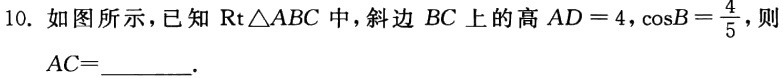
10. 如图所示，已知$\text{Rt}\triangle ABC$中，斜边$BC$上的高$AD = 4,\cos B=\frac{4}{5}$，则

$AC =$______.